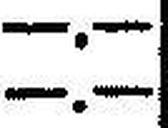
—.—